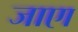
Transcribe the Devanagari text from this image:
जाएा